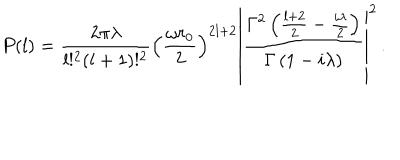
P ( l ) = \frac { 2 \pi \lambda } { l ! ^ { 2 } ( l + 1 ) ! ^ { 2 } } \left( \frac { \omega r _ { 0 } } { 2 } \right) ^ { 2 l + 2 } \left| \frac { \Gamma ^ { 2 } \left( \frac { l + 2 } { 2 } - \frac { i \lambda } { 2 } \right) } { \Gamma \left( 1 - i \lambda \right) } \right| ^ { 2 } \, .